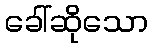
ခေါ်ဆိုသော